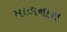
માળનાથ